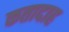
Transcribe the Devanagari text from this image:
कतादाह